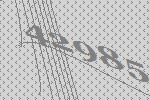
42985